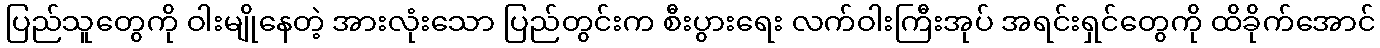
ပြည်သူတွေကို ဝါးမျိုနေတဲ့ အားလုံးသော ပြည်တွင်းက စီးပွားရေး လက်ဝါးကြီးအုပ် အရင်းရှင်တွေကို ထိခိုက်အောင်